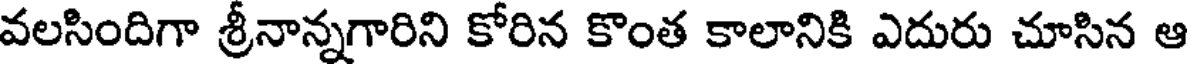
వలసిందిగా శ్రీనాన్నగారిని కోరిన కొంత కాలానికి ఎదురు చూసిన ఆ